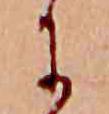
に